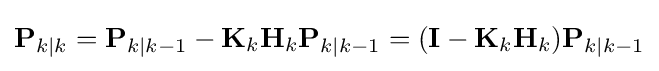
\mathbf {P} _{k\mid k}=\mathbf {P} _{k\mid k-1}-\mathbf {K} _{k}\mathbf {H} _{k}\mathbf {P} _{k\mid k-1}=(\mathbf {I} -\mathbf {K} _{k}\mathbf {H} _{k})\mathbf {P} _{k\mid k-1}